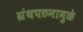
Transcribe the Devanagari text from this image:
ग्रंथपठनामुळे